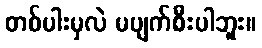
တစ်ပါးမှလဲ မပျက်စီးပါဘူး။